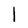
Character: 1